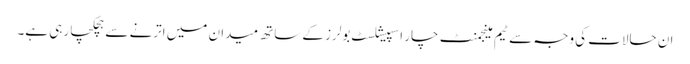
ان حالات کی وجہ سے ٹیم مینجمنٹ چار اسپیشلسٹ بولرز کے ساتھ میدان میں اترنے سے ہچکچا رہی ہے۔